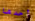
أحدها